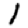
Digit: 1